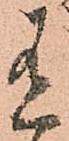
有